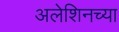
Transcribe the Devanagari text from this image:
अलेशिनच्या